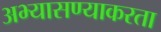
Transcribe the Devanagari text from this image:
अभ्यासण्याकरता